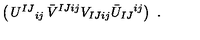
\left( \begin{matrix} { U ^ { I J } { } _ { i j } } & { \bar { V } ^ { I J i j } } \\ { V _ { I J i j } } & { \bar { U } _ { I J } { } ^ { i j } } \\ \end{matrix} \right) \ .